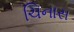
ચિનાસ